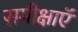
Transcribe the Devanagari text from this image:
समीक्षाऍ